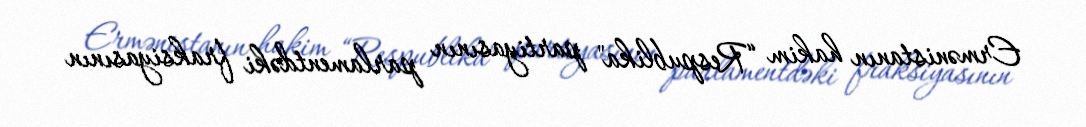
Ermənistanın hakim “Respublika" partiyasının parlamentdəki fraksiyasının